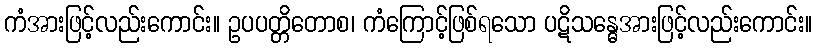
ကံအားဖြင့်လည်းကောင်း။ ဥပပတ္တိတောစ၊ ကံကြောင့်ဖြစ်ရသော ပဋိသန္ဓေအားဖြင့်လည်းကောင်း။